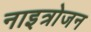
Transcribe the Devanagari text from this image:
नाइत्रोजन